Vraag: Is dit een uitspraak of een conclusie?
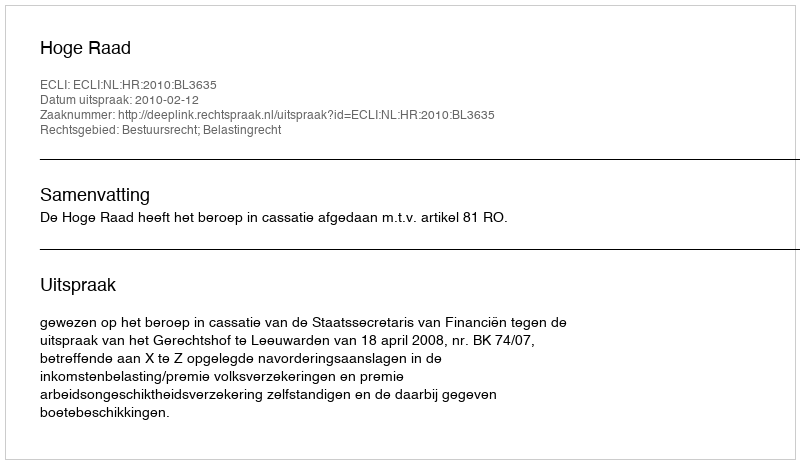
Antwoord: Uitspraak